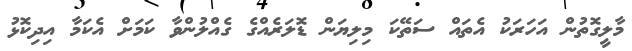
މާލީގޮތުން އަހަރަކު އެތައް ސަތޭކަ މިލިޔަން ޑޮލަރެއްގެ ގެއްލުންވާ ކަމަށް އެކަމާ އިދިކޮޅު